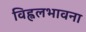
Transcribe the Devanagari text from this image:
विह्वलभावना